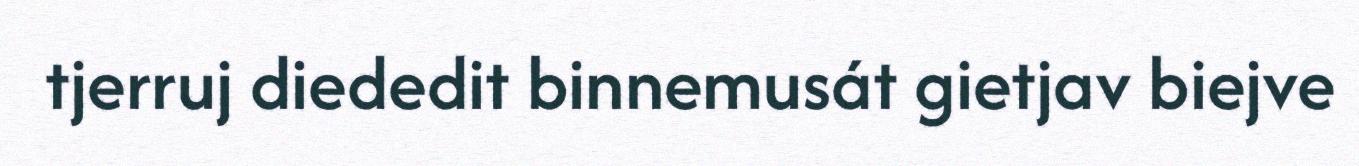
tjerruj diededit binnemusát gietjav biejve